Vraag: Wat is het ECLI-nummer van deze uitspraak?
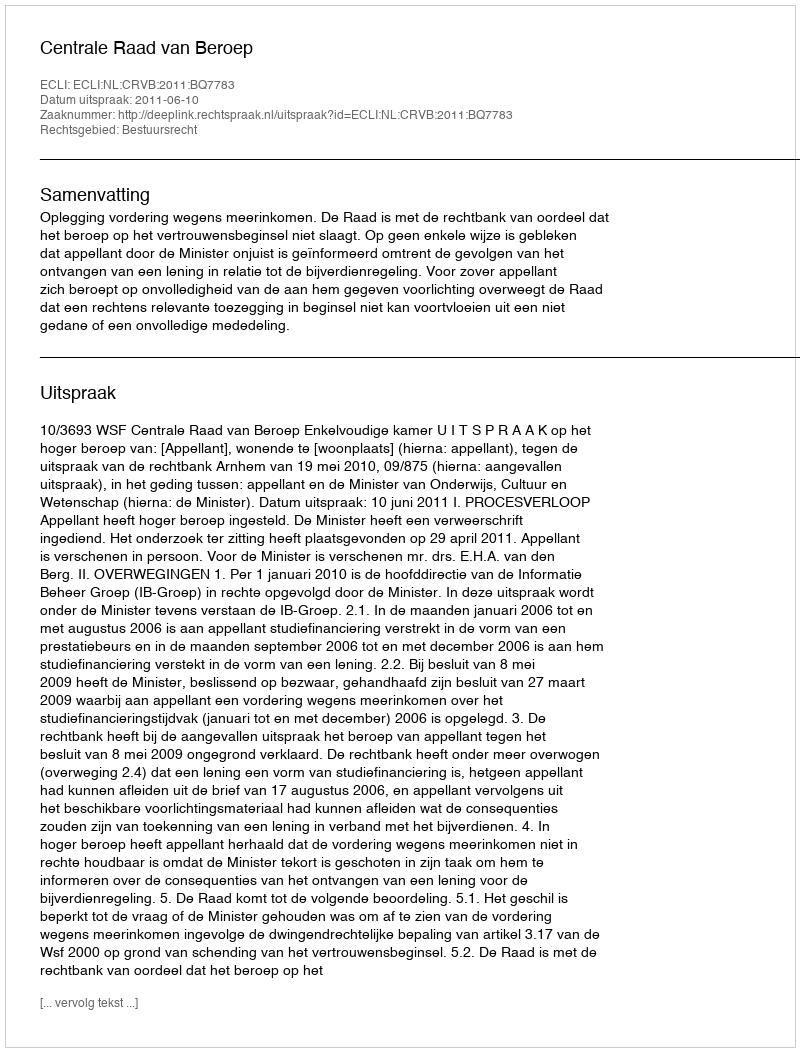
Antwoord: ECLI:NL:CRVB:2011:BQ7783